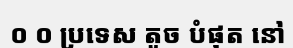
០ ០ ប្រទេស តូច បំផុត នៅ